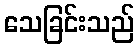
သေခြင်းသည်